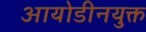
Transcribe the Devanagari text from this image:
आयोडीनयुक्त